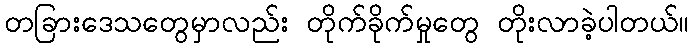
တခြားဒေသတွေမှာလည်း တိုက်ခိုက်မှုတွေ တိုးလာခဲ့ပါတယ်။